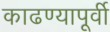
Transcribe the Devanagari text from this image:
काढण्यापूर्वी